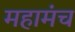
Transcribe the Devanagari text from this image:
महामंच